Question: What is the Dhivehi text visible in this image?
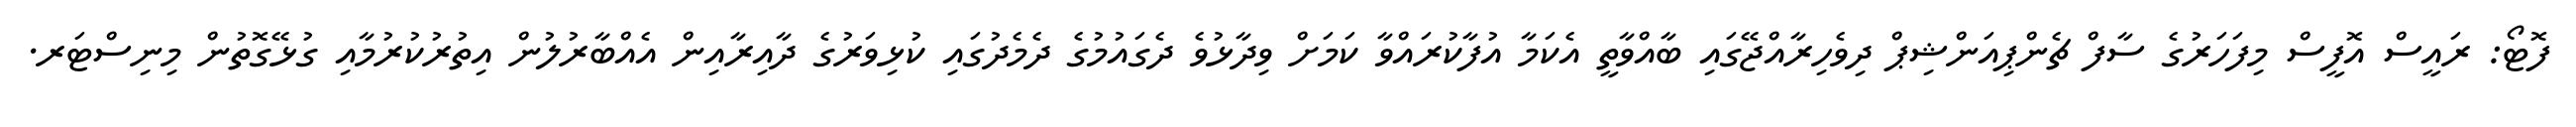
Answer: ފޮޓޯ: ރައީސް އޮފީސް މިފަހަރުގެ ސާފް ޗެންޕިއަންޝިޕް ދިވެހިރާއްޖޭގައި ބާއްވާތީ އެކަމާ އުފާކުރައްވާ ކަމަށް ވިދާޅުވެ ދެގައުމުގެ ދެމެދުގައި ކުޅިވަރުގެ ދާއިރާއިން އެއްބާރުލުން އިތުރުކުރުމާއި ގުޅޭގޮތުން މިނިސްޓަރ.